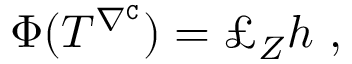
\Phi ( T ^ { \nabla ^ { \mathtt { C } } } ) = \pounds _ { Z } h \ ,